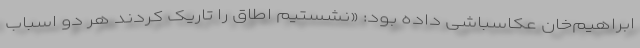
ابراهیم‌خان عکاسباشی داده بود: «نشستیم اطاق را تاریک کردند هر دو اسباب